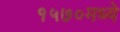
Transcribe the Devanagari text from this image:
१५७०मध्ये